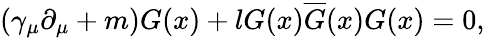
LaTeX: \left(\gamma_{\mu}\partial_{\mu}+m\right)G(x)+lG(x)\overline{{{G}}}(x)G(x)=0,